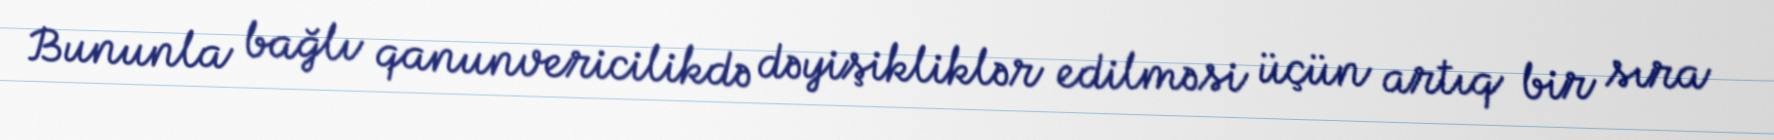
Bununla bağlı qanunvericilikdə dəyişikliklər edilməsi üçün artıq bir sıra